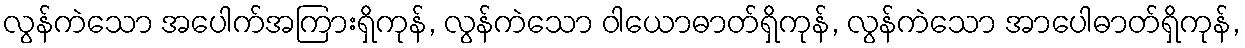
လွန်ကဲသော အပေါက်အကြားရှိကုန်, လွန်ကဲသော ဝါယောဓာတ်ရှိကုန်, လွန်ကဲသော အာပေါဓာတ်ရှိကုန်,